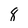
Character: 8